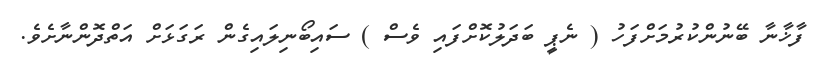
ފާޚާނާ ބޭނުންކުރުމަށްފަހު ( ނެޕީ ބަދަލުކޮށްފައި ވެސް ) ސައިބޯނިލައިގެން ރަގަޅަށް އަތްދޮންނާށެވެ.